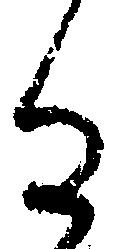
る